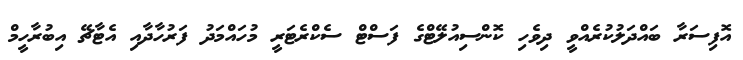
އޮފިސަރާ ބައްދަލުކުރެއްވީ ދިވެހި ކޮންސިއުލޭޓްގެ ފަސްޓް ސެކްރެޓަރީ މުހައްމަދު ފަރުހާދާއި އެޓާޗޭ އިބުރާހީމް